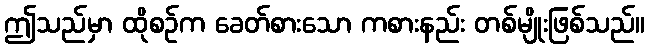
ဤသည်မှာ ထိုစဉ်က ခေတ်စားသော ကစားနည်း တစ်မျိုးဖြစ်သည်။